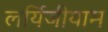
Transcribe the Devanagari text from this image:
लर्यिजीयाम